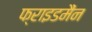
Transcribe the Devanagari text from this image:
फ्राइडमैंन